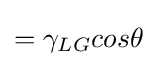
=\gamma _{LG}cos\theta